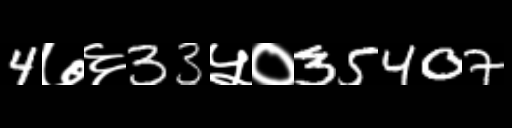
Text: 4७६33५०35407